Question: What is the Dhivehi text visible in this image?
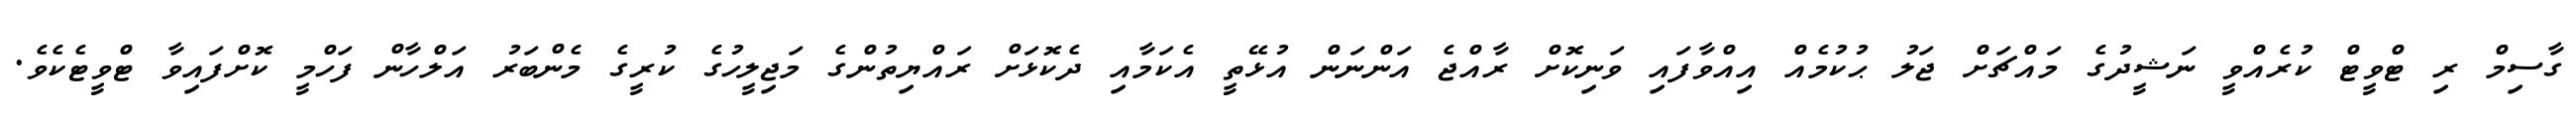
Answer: ގާސިމް ރި ޓްވީޓް ކުރެއްވީ ނަޝީދުގެ މައްޗަށް ޖަލު ޙުކުމެއް އިއްވާފައި ވަނިކޮށް ރާއްޖެ އަންނަން އުޅޭތީ އެކަމާއި ދެކޮޅަށް ރައްޔިތުންގެ މަޖިލީހުގެ ކުރީގެ މެންބަރު އަލްހާން ފަހްމީ ކޮށްފައިވާ ޓްވީޓެކެވެ.